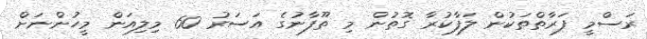
ރަސްމީ ފަރާތްތަކުން ލަފާކުރާ ގޮތުން މި ތޫފާނުގެ އަސަރު 60 މިލިއަން މީހުންނަށް